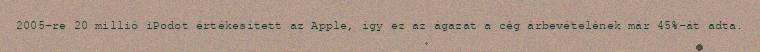
2005-re 20 millió iPodot értékesített az Apple, így ez az ágazat a cég árbevételének már 45%-át adta.